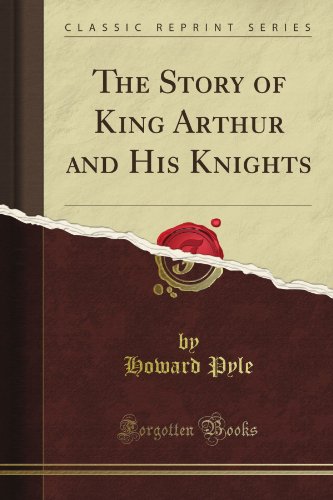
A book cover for The Story of King Arthur and His Knights (Classic Reprint); Howard Pyle; Science Fiction & Fantasy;